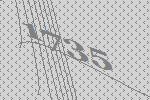
1735